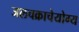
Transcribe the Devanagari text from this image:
जलचक्राचेयोग्य